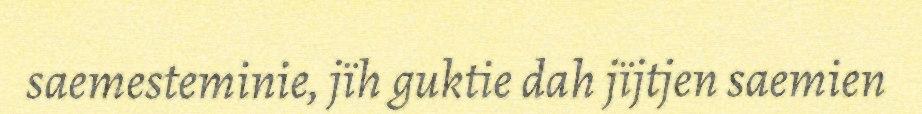
saemesteminie, jïh guktie dah jïjtjen saemien